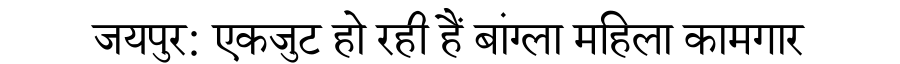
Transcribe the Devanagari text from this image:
जयपुर: एकजुट हो रही हैं बांग्ला महिला कामगार